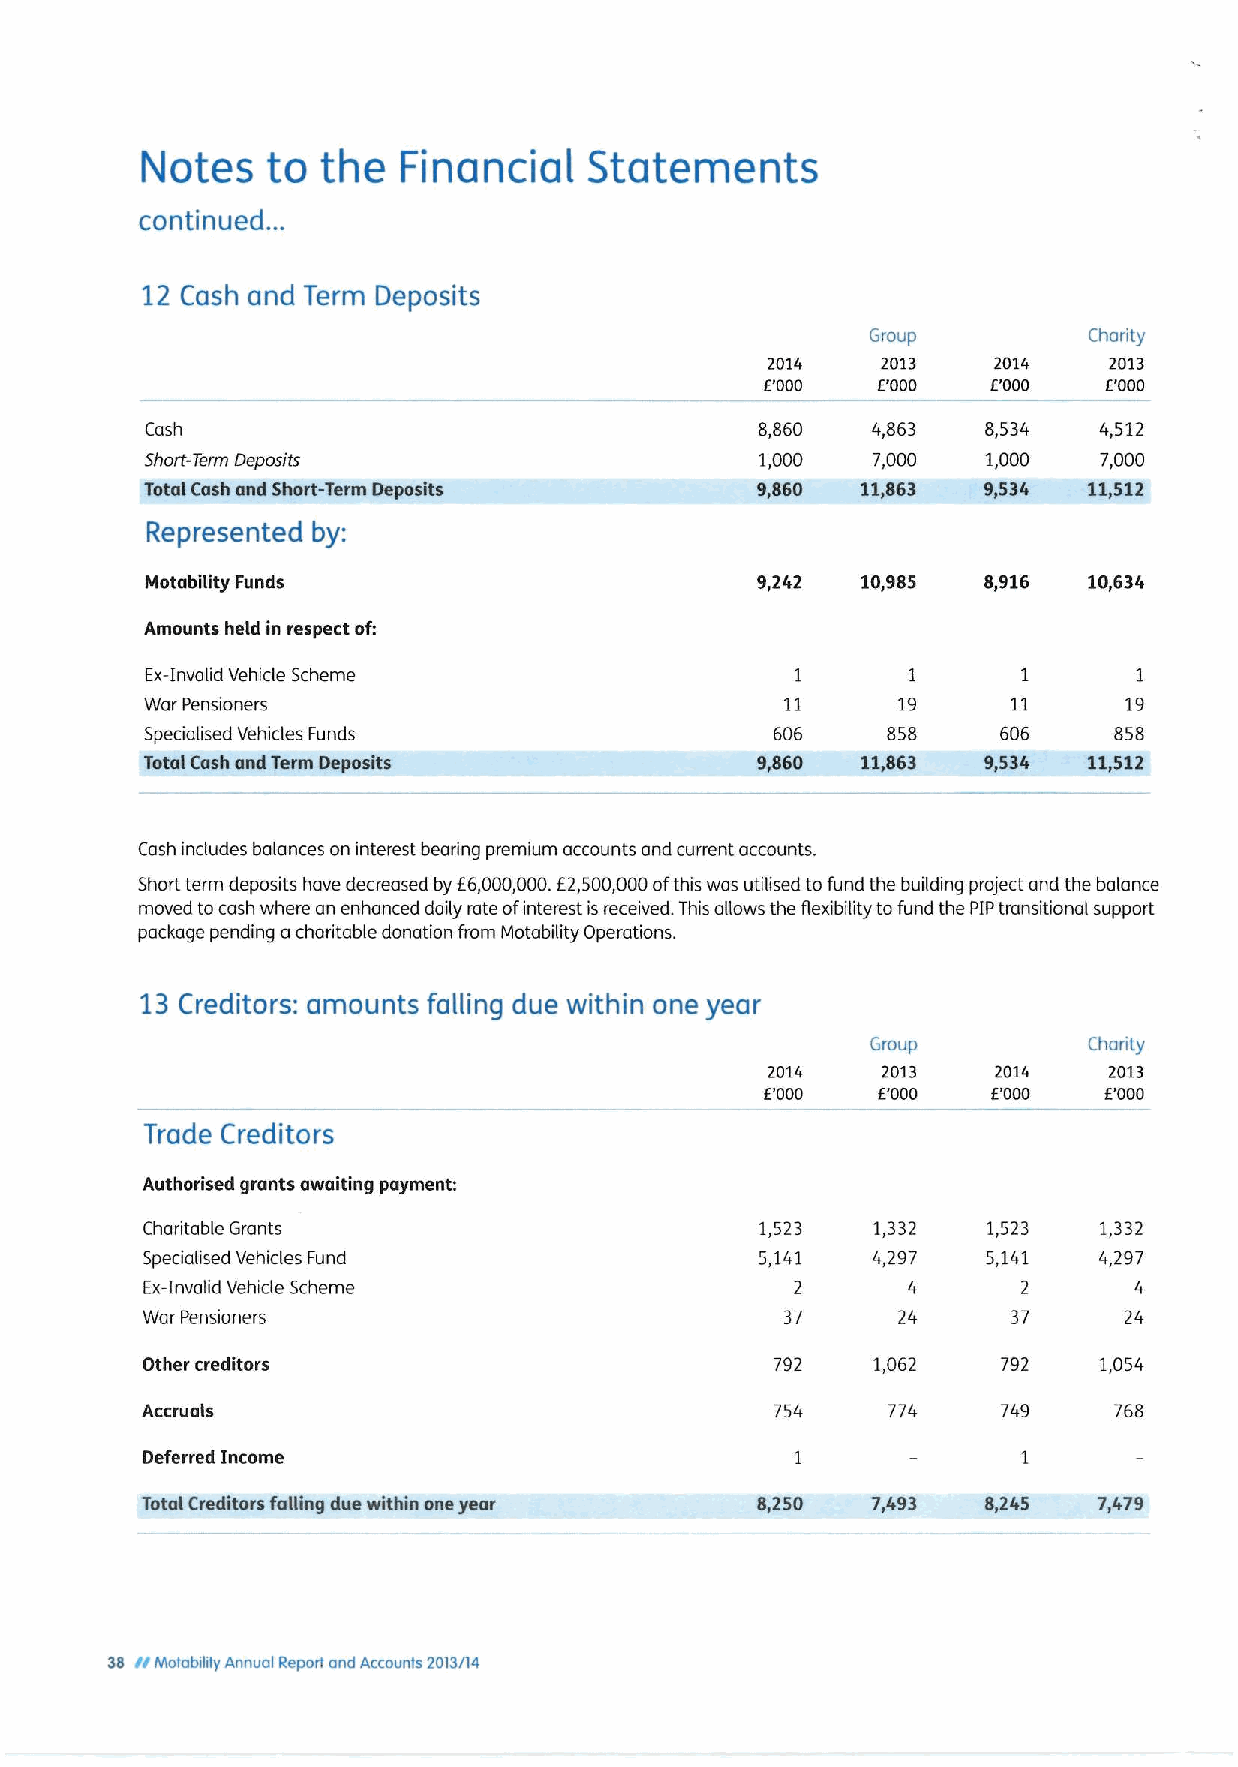
Notes    to the   Financial   Statements
 .
 continued. .
 12 Cash and Term Deposits
 Group         Charity
 2014   2013    2014   2013
 E'000  f.'000  E'000  E'000
 Cash                                    8,860   4,863  8,534   4,512
 Short-Term Deposits                     1,000   7,000  1,000   7,000
 Total Cash and Short-Term Deposits      9,$60  11,$63  9,534  11t113
 Represented by:
 Motability Funds                        9,242  10,985  8,916  10,634
 Amounts held in respect of:
 Ex-Invalid Vehicle Scheme                  1      I              1
 War Pensioners                            1'I    19      11     19
 Specialised Vehicles Funds               606     858    606     858
 Total Cash and Term Deposits            9,860  11,863  9,534  11,512
 Cash includes balances on interest bearing premium accounts and current accounts.
 f
 Short term deposits have decreased by 6,000,000.E2,500,000ofthis was utilised to fund the building project and the balance
 moved tocash where an enhanced daily rate ofinterest is received. This allows the flexibility tofund the PIPtransitional support
 package pending acharitable donation from Motability Operations.
 13 Creditors: amounts falling due within one year
 Group         Charity
 2014   2013    2014   2013
 E'000  f.'000  COOO   E'000
 Trade Creditors
 Authorised grants awaiting payment:
 Charitable Grants                        1,523   1,332  1,523   1,332
 Specialised Vehicles Fund                5,141   4,297  5,141   4,297
 Ex-Invalid Vehicle Scheme                   2      4       2      4
 War Pensioners                             37     24      37     24
 Other creditors                           792    1,062   792    1,054
 Accruals                                  754     774    749     768
 Deferred Income
 Total Creditors falgng due within one yeor 8,250 7,493  8,245   7,479
 33 II Motabtlty Annual Report and Accounts 2013/14